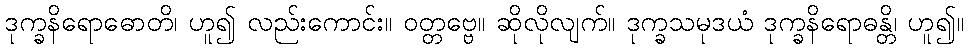
ဒုက္ခနိရောဓောတိ၊ ဟူ၍ လည်းကောင်း။ ဝတ္တဗ္ဗေ။ ဆိုလိုလျက်။ ဒုက္ခသမုဒယံ ဒုက္ခနိရောဓန္တိ၊ ဟူ၍။